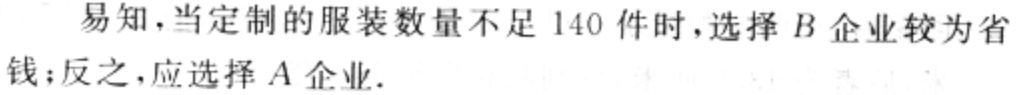
易知，当定制的服装数量不足 140 件时，选择 \(B\) 企业较为省钱；反之，应选择 \(A\) 企业.